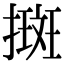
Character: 𢴬